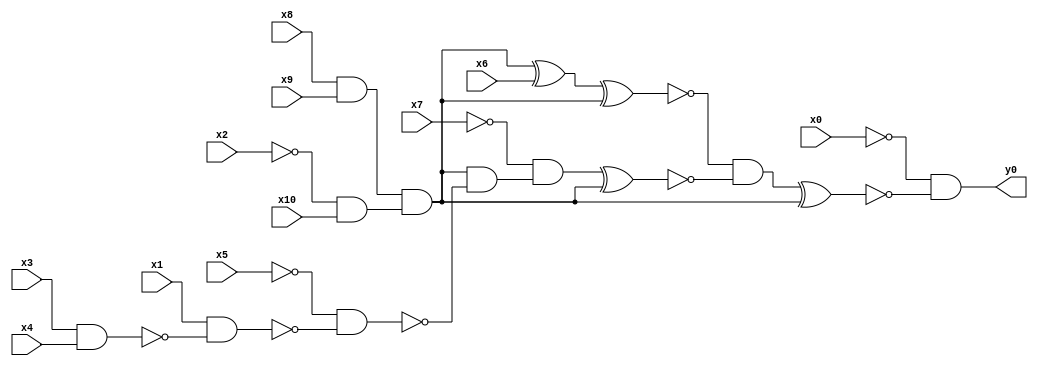
module top( x0 , x1 , x2 , x3 , x4 , x5 , x6 , x7 , x8 , x9 , x10 , y0 );
  input x0 , x1 , x2 , x3 , x4 , x5 , x6 , x7 , x8 , x9 , x10 ;
  output y0 ;
  wire n12 , n13 , n14 , n15 , n16 , n17 , n18 , n19 , n20 , n21 , n22 , n23 , n24 , n25 ;
  assign n12 = x8 & x9 ;
  assign n13 = ~x2 & x10 ;
  assign n14 = n12 & n13 ;
  assign n15 = n14 ^ x6 ;
  assign n16 = n15 ^ n14 ;
  assign n17 = x3 & x4 ;
  assign n18 = x1 & ~n17 ;
  assign n19 = ~x5 & ~n18 ;
  assign n20 = n14 & ~n19 ;
  assign n21 = ~x7 & n20 ;
  assign n22 = n21 ^ n14 ;
  assign n23 = ~n16 & ~n22 ;
  assign n24 = n23 ^ n14 ;
  assign n25 = ~x0 & ~n24 ;
  assign y0 = n25 ;
endmodule